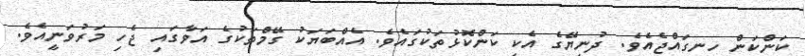
ކަންކަން ހިނގައްޖެއެވެ. ދުނިޔޭގެ އެކި ކަންކޮޅުތަކުގައެވެ. އެއްބަޔަކު ގޭމްތަކުގެ އަވާގައި ޖެހި މަރުވަނީއެވެ.